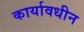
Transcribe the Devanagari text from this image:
कार्यावधीन